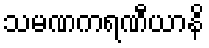
သမဏကရဏီယာနိ